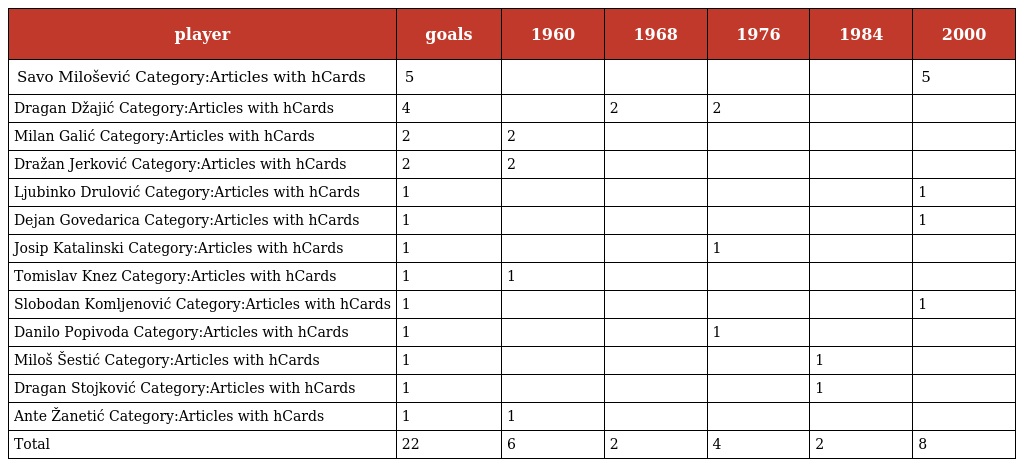
| player | goals | 1960 | 1968 | 1976 | 1984 | 2000 |
 | --- | --- | --- | --- | --- | --- | --- |
 | Savo Milošević Category:Articles with hCards | 5 |  |  |  |  | 5 |
 | Dragan Džajić Category:Articles with hCards | 4 |  | 2 | 2 |  |  |
 | Milan Galić Category:Articles with hCards | 2 | 2 |  |  |  |  |
 | Dražan Jerković Category:Articles with hCards | 2 | 2 |  |  |  |  |
 | Ljubinko Drulović Category:Articles with hCards | 1 |  |  |  |  | 1 |
 | Dejan Govedarica Category:Articles with hCards | 1 |  |  |  |  | 1 |
 | Josip Katalinski Category:Articles with hCards | 1 |  |  | 1 |  |  |
 | Tomislav Knez Category:Articles with hCards | 1 | 1 |  |  |  |  |
 | Slobodan Komljenović Category:Articles with hCards | 1 |  |  |  |  | 1 |
 | Danilo Popivoda Category:Articles with hCards | 1 |  |  | 1 |  |  |
 | Miloš Šestić Category:Articles with hCards | 1 |  |  |  | 1 |  |
 | Dragan Stojković Category:Articles with hCards | 1 |  |  |  | 1 |  |
 | Ante Žanetić Category:Articles with hCards | 1 | 1 |  |  |  |  |
 | Total | 22 | 6 | 2 | 4 | 2 | 8 |